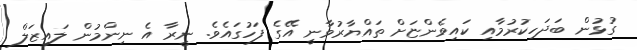
ގުޅުން ބަދަހިކުރުމާއި ކައިވެންޏަށް ތައްޔާރުވާނީ އޭގެ ފަހުގައެވެ. ނީރާ އެ ނިންމުން ލައިޒަލް